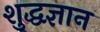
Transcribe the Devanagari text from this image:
शुद्धज्ञान